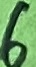
Text: 6